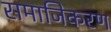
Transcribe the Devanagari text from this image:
समाजिकरण